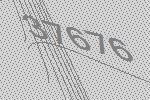
37676